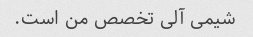
شیمی آلی تخصص من است.